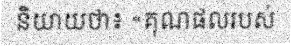
និយាយថា៖ «គុណផលរបស់